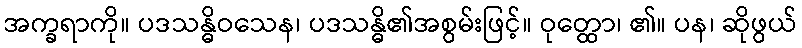
အက္ခရာကို။ ပဒသန္ဓိဝသေန၊ ပဒသန္ဓိ၏အစွမ်းဖြင့်။ ဝုတ္ထော၊ ၏။ ပန၊ ဆိုဖွယ်